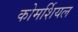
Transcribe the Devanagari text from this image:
कोमर्शियल